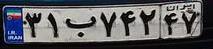
۳۱ب۷۴۲۴۷